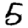
Digit: 5